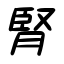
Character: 腎